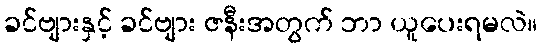
ခင်ဗျားနှင့် ခင်ဗျား ဇနီးအတွက် ဘာ ယူပေးရမလဲ။